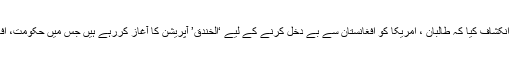
افغانستان کی سرکاری نیوز ایجنسی خاما پریس نے انکشاف کیا کہ طالبان ، امریکا کو افغانستان سے بے دخل کرنے کے لیے ‘الخندق’ آپریشن کا آغاز کررہے ہیں جس میں حکومت، افغان فورسز اور غیر ملکیوں کو نشانہ بنایا جائے گا۔